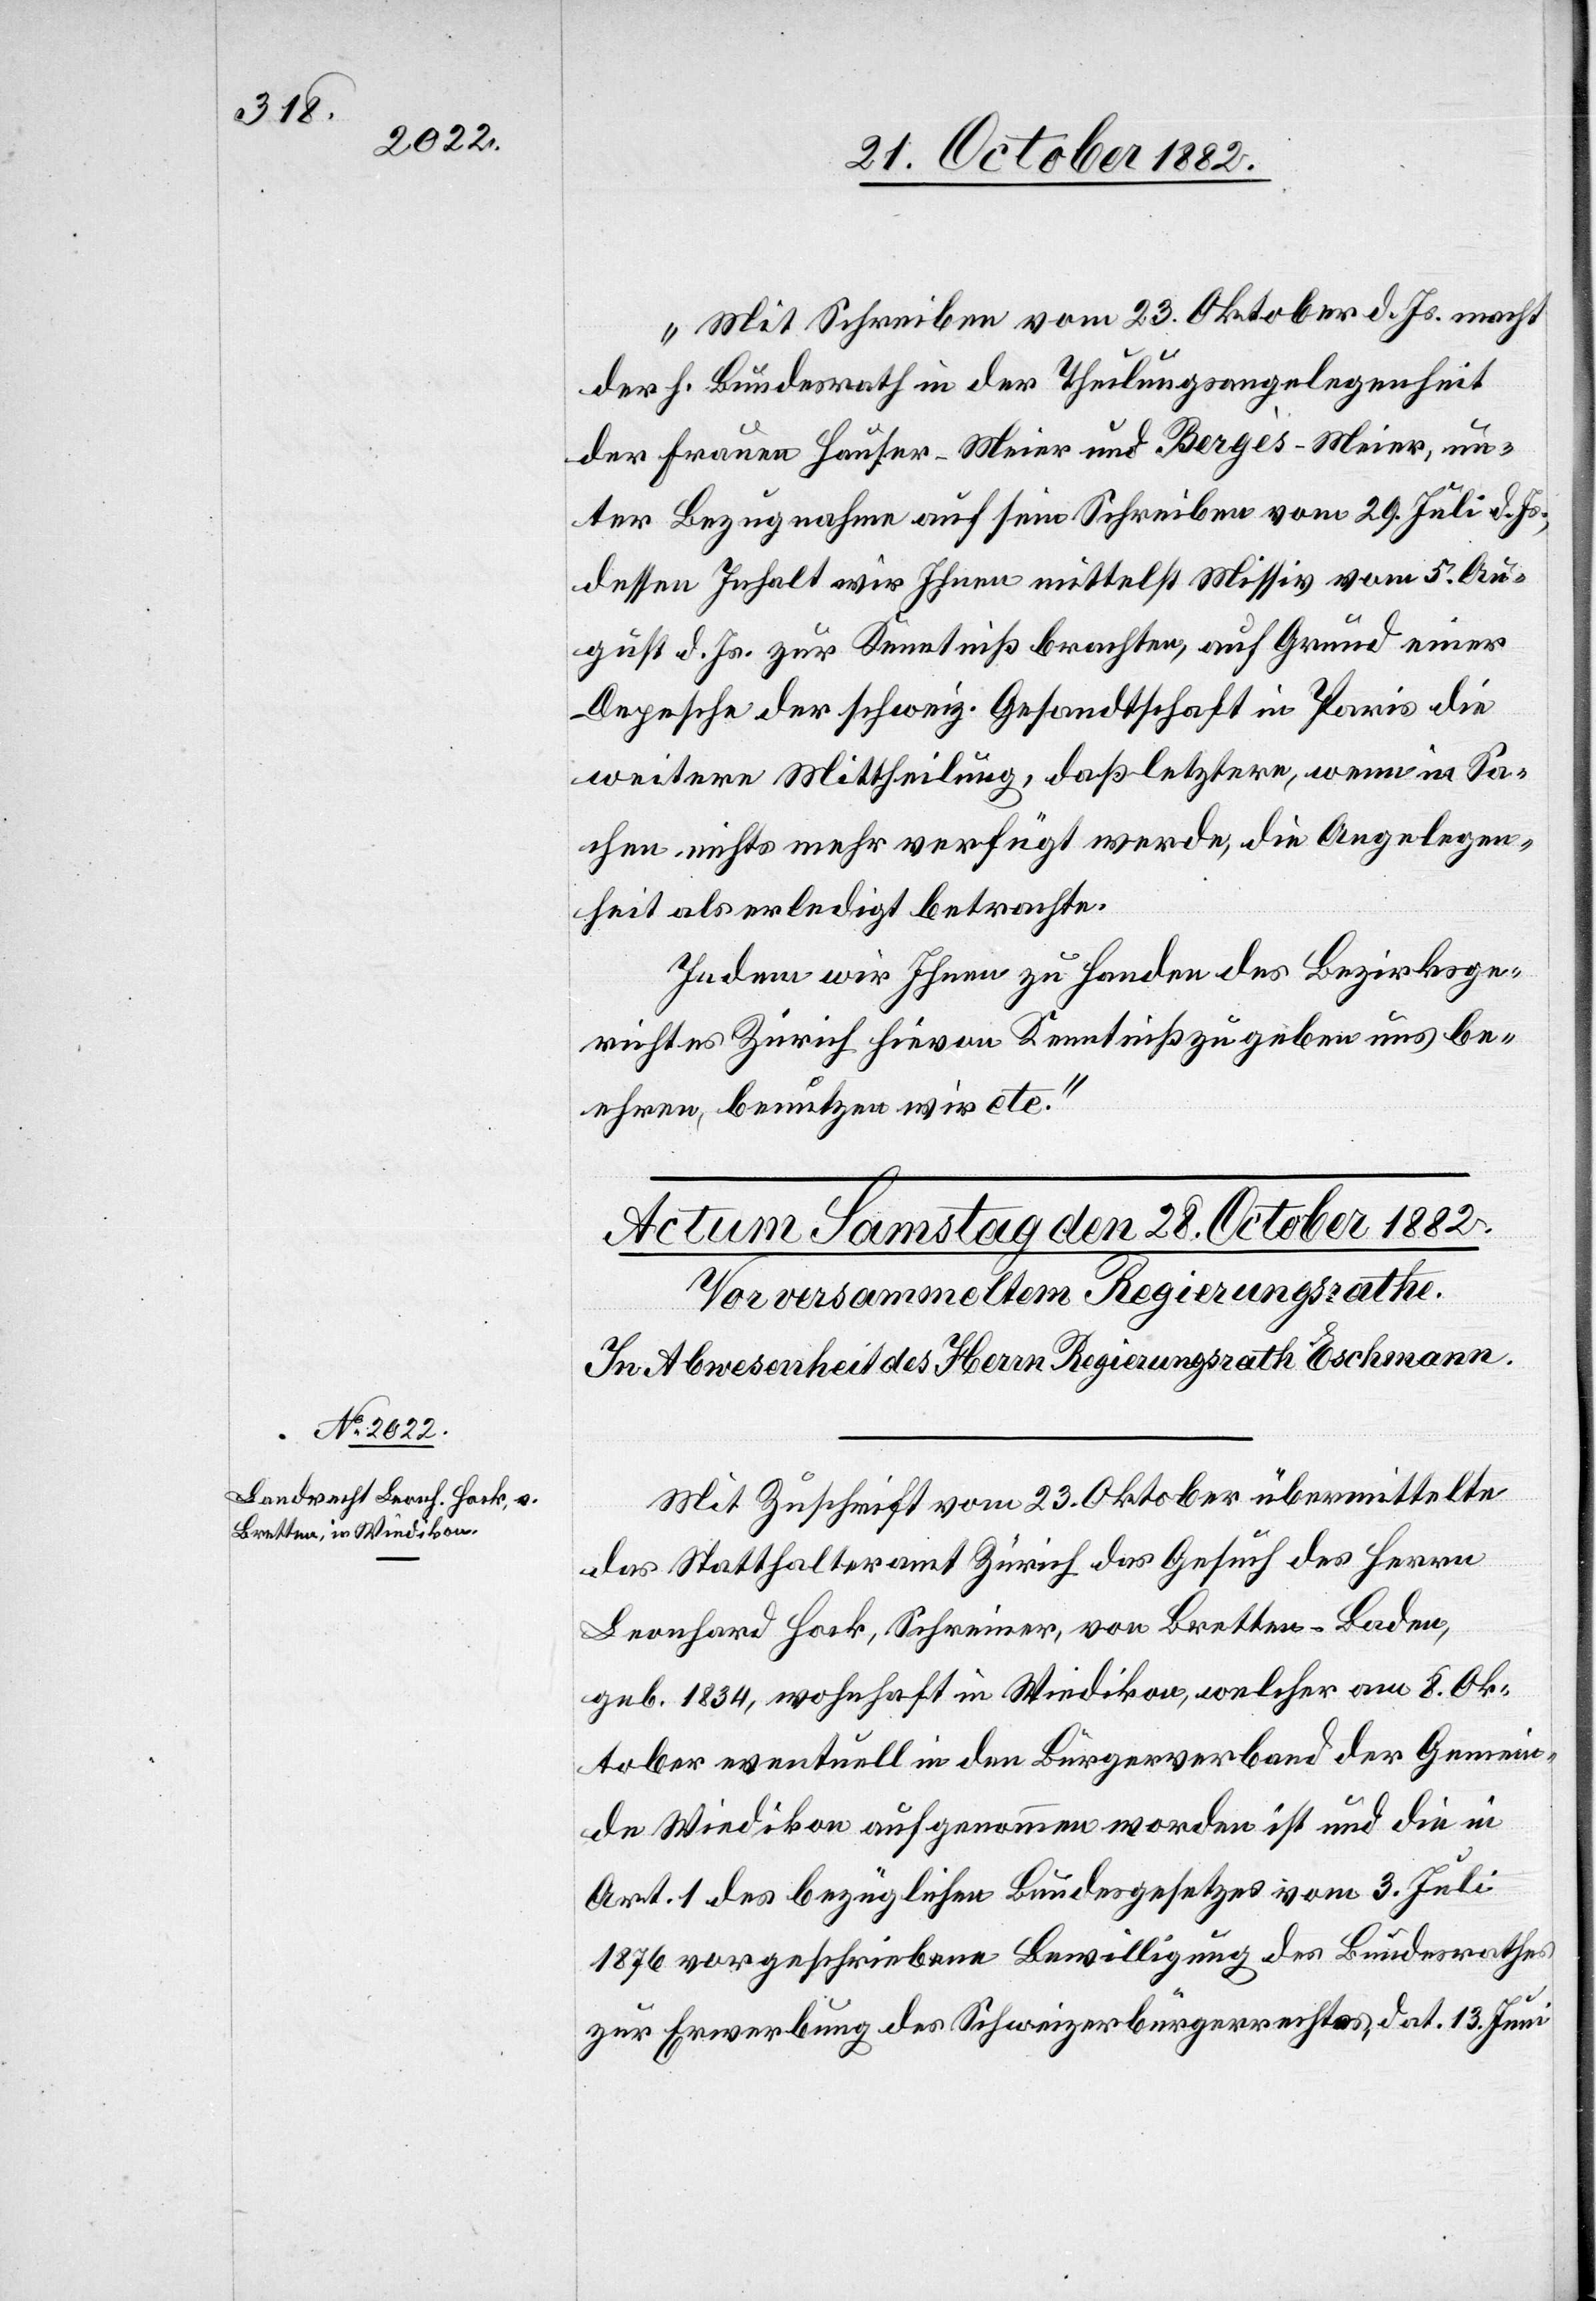
„Mit Schreiben vom 23. Oktober d. Js. macht
der h. Bundesrath in der Theilungsangelegenheit
der Frauen Hauser-Meier und Bergès-Meier, un¬
ter Bezugnahme auf sein Schreiben vom 29. Juli d. Js.,
dessen Inhalt wir Ihnen mittelst Missiv vom 5. Au¬
gust d. Js. zur Kenntniß brachten, auf Grund einer
Depesche der schweiz. Gesandtschaft in Paris die
weitere Mittheilung, daß letztere, wenn in Sa¬
chen nichts mehr verfügt werde, die Angelegen¬
heit als erledigt betrachte.
Indem wir Ihnen zu Handen des Bezirksge¬
richtes Zürich hievon Kenntniß zu geben uns be¬
ehren, benutzen wird etc.“
Mit Zuschrift vom 23. Oktober übermittelte
das Statthalteramt Zürich das Gesuch des Herrn
Leonhard Hock, Schreiner, von Bretten - Baden,
geb. 1834, wohnhaft in Wiedikon, welcher am 8. Ok¬
tober eventuell in den Bürgerverband der Gemein¬
de Wiedikon aufgenommen worden ist und die in
Art. 1 des bezüglichen Bundesgesetzes vom 3. Juli
1876 vorgeschriebene Bewilligung des Bundesrathes
zur Erwerbung des Schweizerbürgerrechtes, dat. 13. Juni